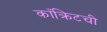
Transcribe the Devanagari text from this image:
काँक्रिटची